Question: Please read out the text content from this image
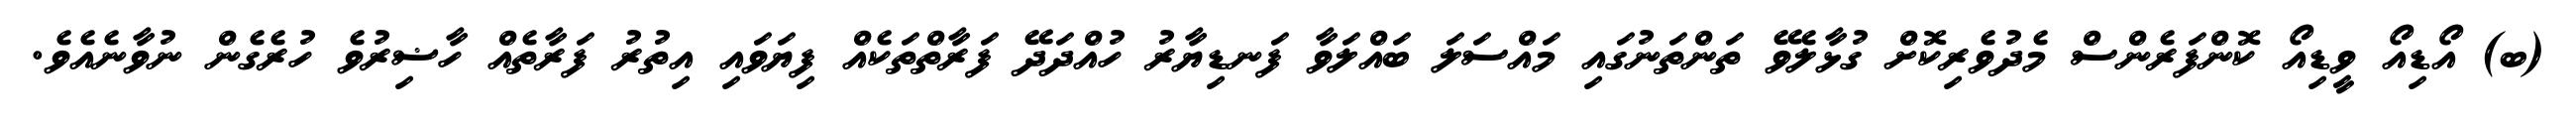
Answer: (ބ) އޯޑިއޯ ވީޑިއޯ ކޮންފަރެންސް މެދުވެރިކޮށް ގުޅާލެވޭ ތަންތަނުގައި މައްސަލަ ބައްލަވާ ފަނޑިޔާރު ހުއްދަދޭ ފަރާތްތަކެއް ފިޔަވައި އިތުރު ފަރާތެއް ހާޟިރުވެ ހުރެގެން ނުވާނެއެވެ.